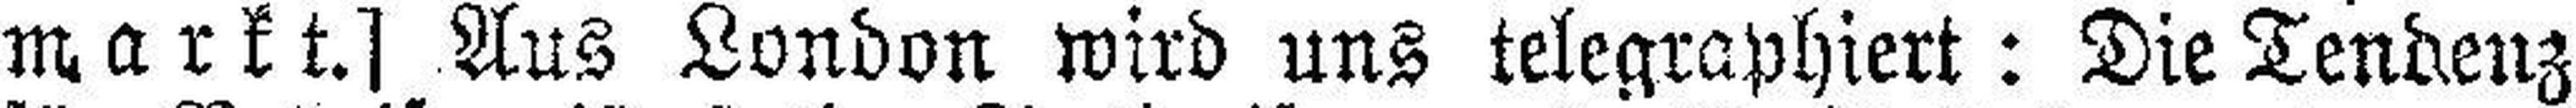
markt.] Aus London wird uns telegraphiert: Die Tendenz